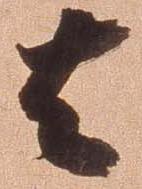
其